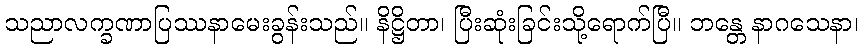
သညာလက္ခဏာပြဿနာမေးခွန်းသည်။ နိဋ္ဌိတာ၊ ပြီးဆုံးခြင်းသို့ရောက်ပြီ။ ဘန္တေ နာဂသေနာ၊